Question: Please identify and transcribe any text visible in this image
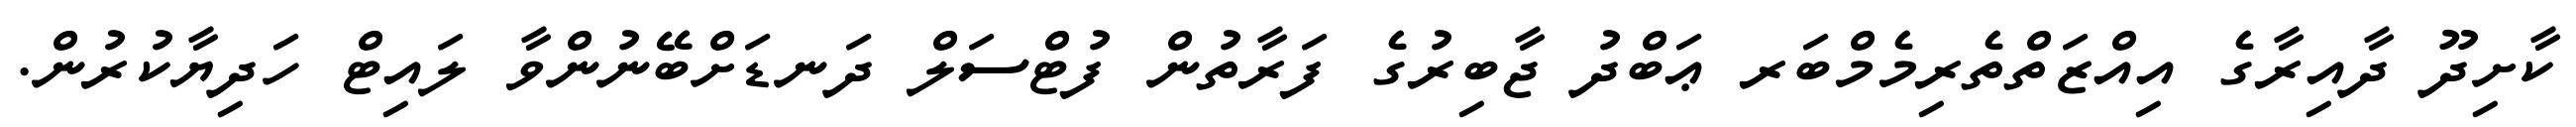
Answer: ކާށިދޫ ދާއިރާގެ އިއްޒަތްތެރިމެމްބަރ ޢަބްދު ޖާބިރުގެ ފަރާތުން ފުޓްސަލް ދަނޑަށްބޭނުންވާ ލައިޓް ހަދިޔާކުރުން.